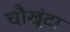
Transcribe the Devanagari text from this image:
चौखूंटा